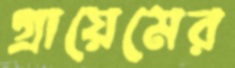
গ্রায়েমের